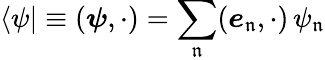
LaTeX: \langle\psi|\equiv({\boldsymbol{\psi}},\cdot)=\sum_{\mathfrak{n}}({\boldsymbol{e}}_{\mathfrak{n}},\cdot)\, \psi_{\mathfrak{n}}